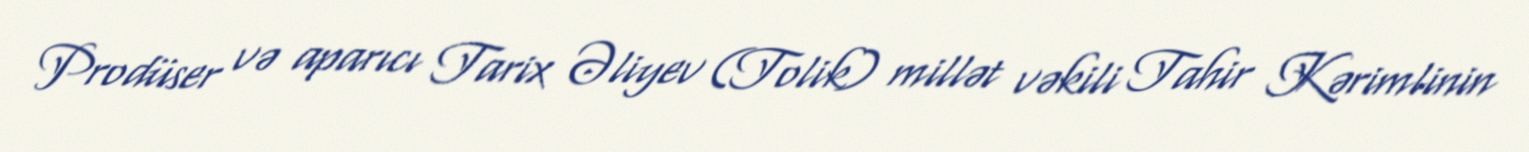
Prodüser və aparıcı Tarix Əliyev (Tolik) millət vəkili Tahir Kərimlinin